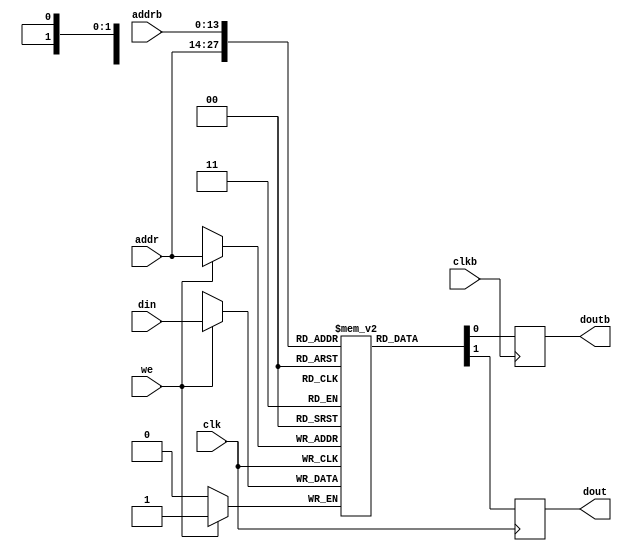
/* *********************** *
 * Parametric Equalizer    *
 * J. Colosimo             *
 * 6.111 - Fall '10        *
 * ram.v                   *
 * dual port block RAM     *
 * *********************** */

/* 
 * block RAM module (modified from lab 4)
 *
 * gain curve calculations:
 *    with a 8192-FFT, we need 8192 locations:
 *        LOGSIZE=13
 *
 *    we'll use an 8 bit value for the gain curve display:
 *        WIDTH=8
 *
 *    and a 12 bit value for the curve itself
 *        WIDTH=12
*/

///////////////////////////////////////////////////////////////////////////////
//
// Verilog equivalent to a BRAM, tools will infer the right thing!
// number of locations = 1<<LOGSIZE, width in bits = WIDTH.
// default is a 16K x 1 memory.
//
///////////////////////////////////////////////////////////////////////////////

module blockram
    #(parameter LOGSIZE=14, WIDTH=1)
    (input wire [LOGSIZE-1:0] addr,
        input wire clk,
        input wire [WIDTH-1:0] din,
        output reg [WIDTH-1:0] dout,
        input wire we,

        input wire clkb,
        input wire [LOGSIZE-1:0] addrb,
        output reg [WIDTH-1:0] doutb
    );

    // let the tools infer the right number of BRAMs
    (* ram_style = "block" *)
    reg [WIDTH-1:0] mem[(1<<LOGSIZE)-1:0];
    always @(posedge clk) begin
      if (we) mem[addr] <= din;
      dout <= mem[addr];
    end

    always @(posedge clkb) begin
        doutb <= mem[addrb];
    end

endmodule